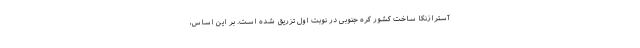
آسترازنکا ساخت کشور کره جنوبی در نوبت اول تزریق شده است. بر این اساس،